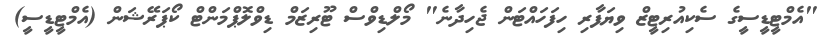
"އެމްޓީޑީސީގެ ސެކިއުރިޓީޒް ވިޔަފާރި ހިފަހައްޓަން ޖެހިދާނެ" މޯލްޑިވްސް ޓޫރިޒަމް ޑިވްލޮޕްމަންޓް ކޯޕަރޭޝަން (އެމްޓީޑީސީ)